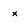
Character: x